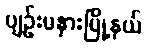
ပျဉ်းမနားမြို့နယ်